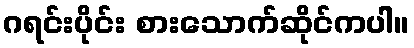
ဂရင်းပိုင်း စားသောက်ဆိုင်ကပါ။